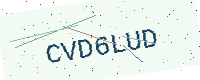
Text: CVD6LUD